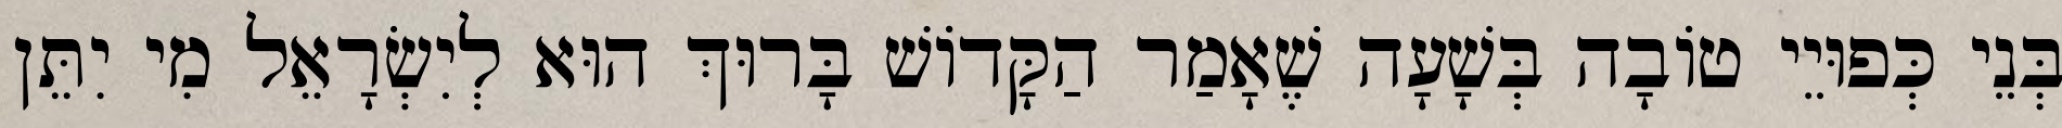
בְּנֵי כְּפוּיֵי טוֹבָה בְּשָׁעָה שֶׁאָמַר הַקָּדוֹשׁ בָּרוּךְ הוּא לְיִשְׂרָאֵל מִי יִתֵּן